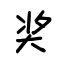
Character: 奖